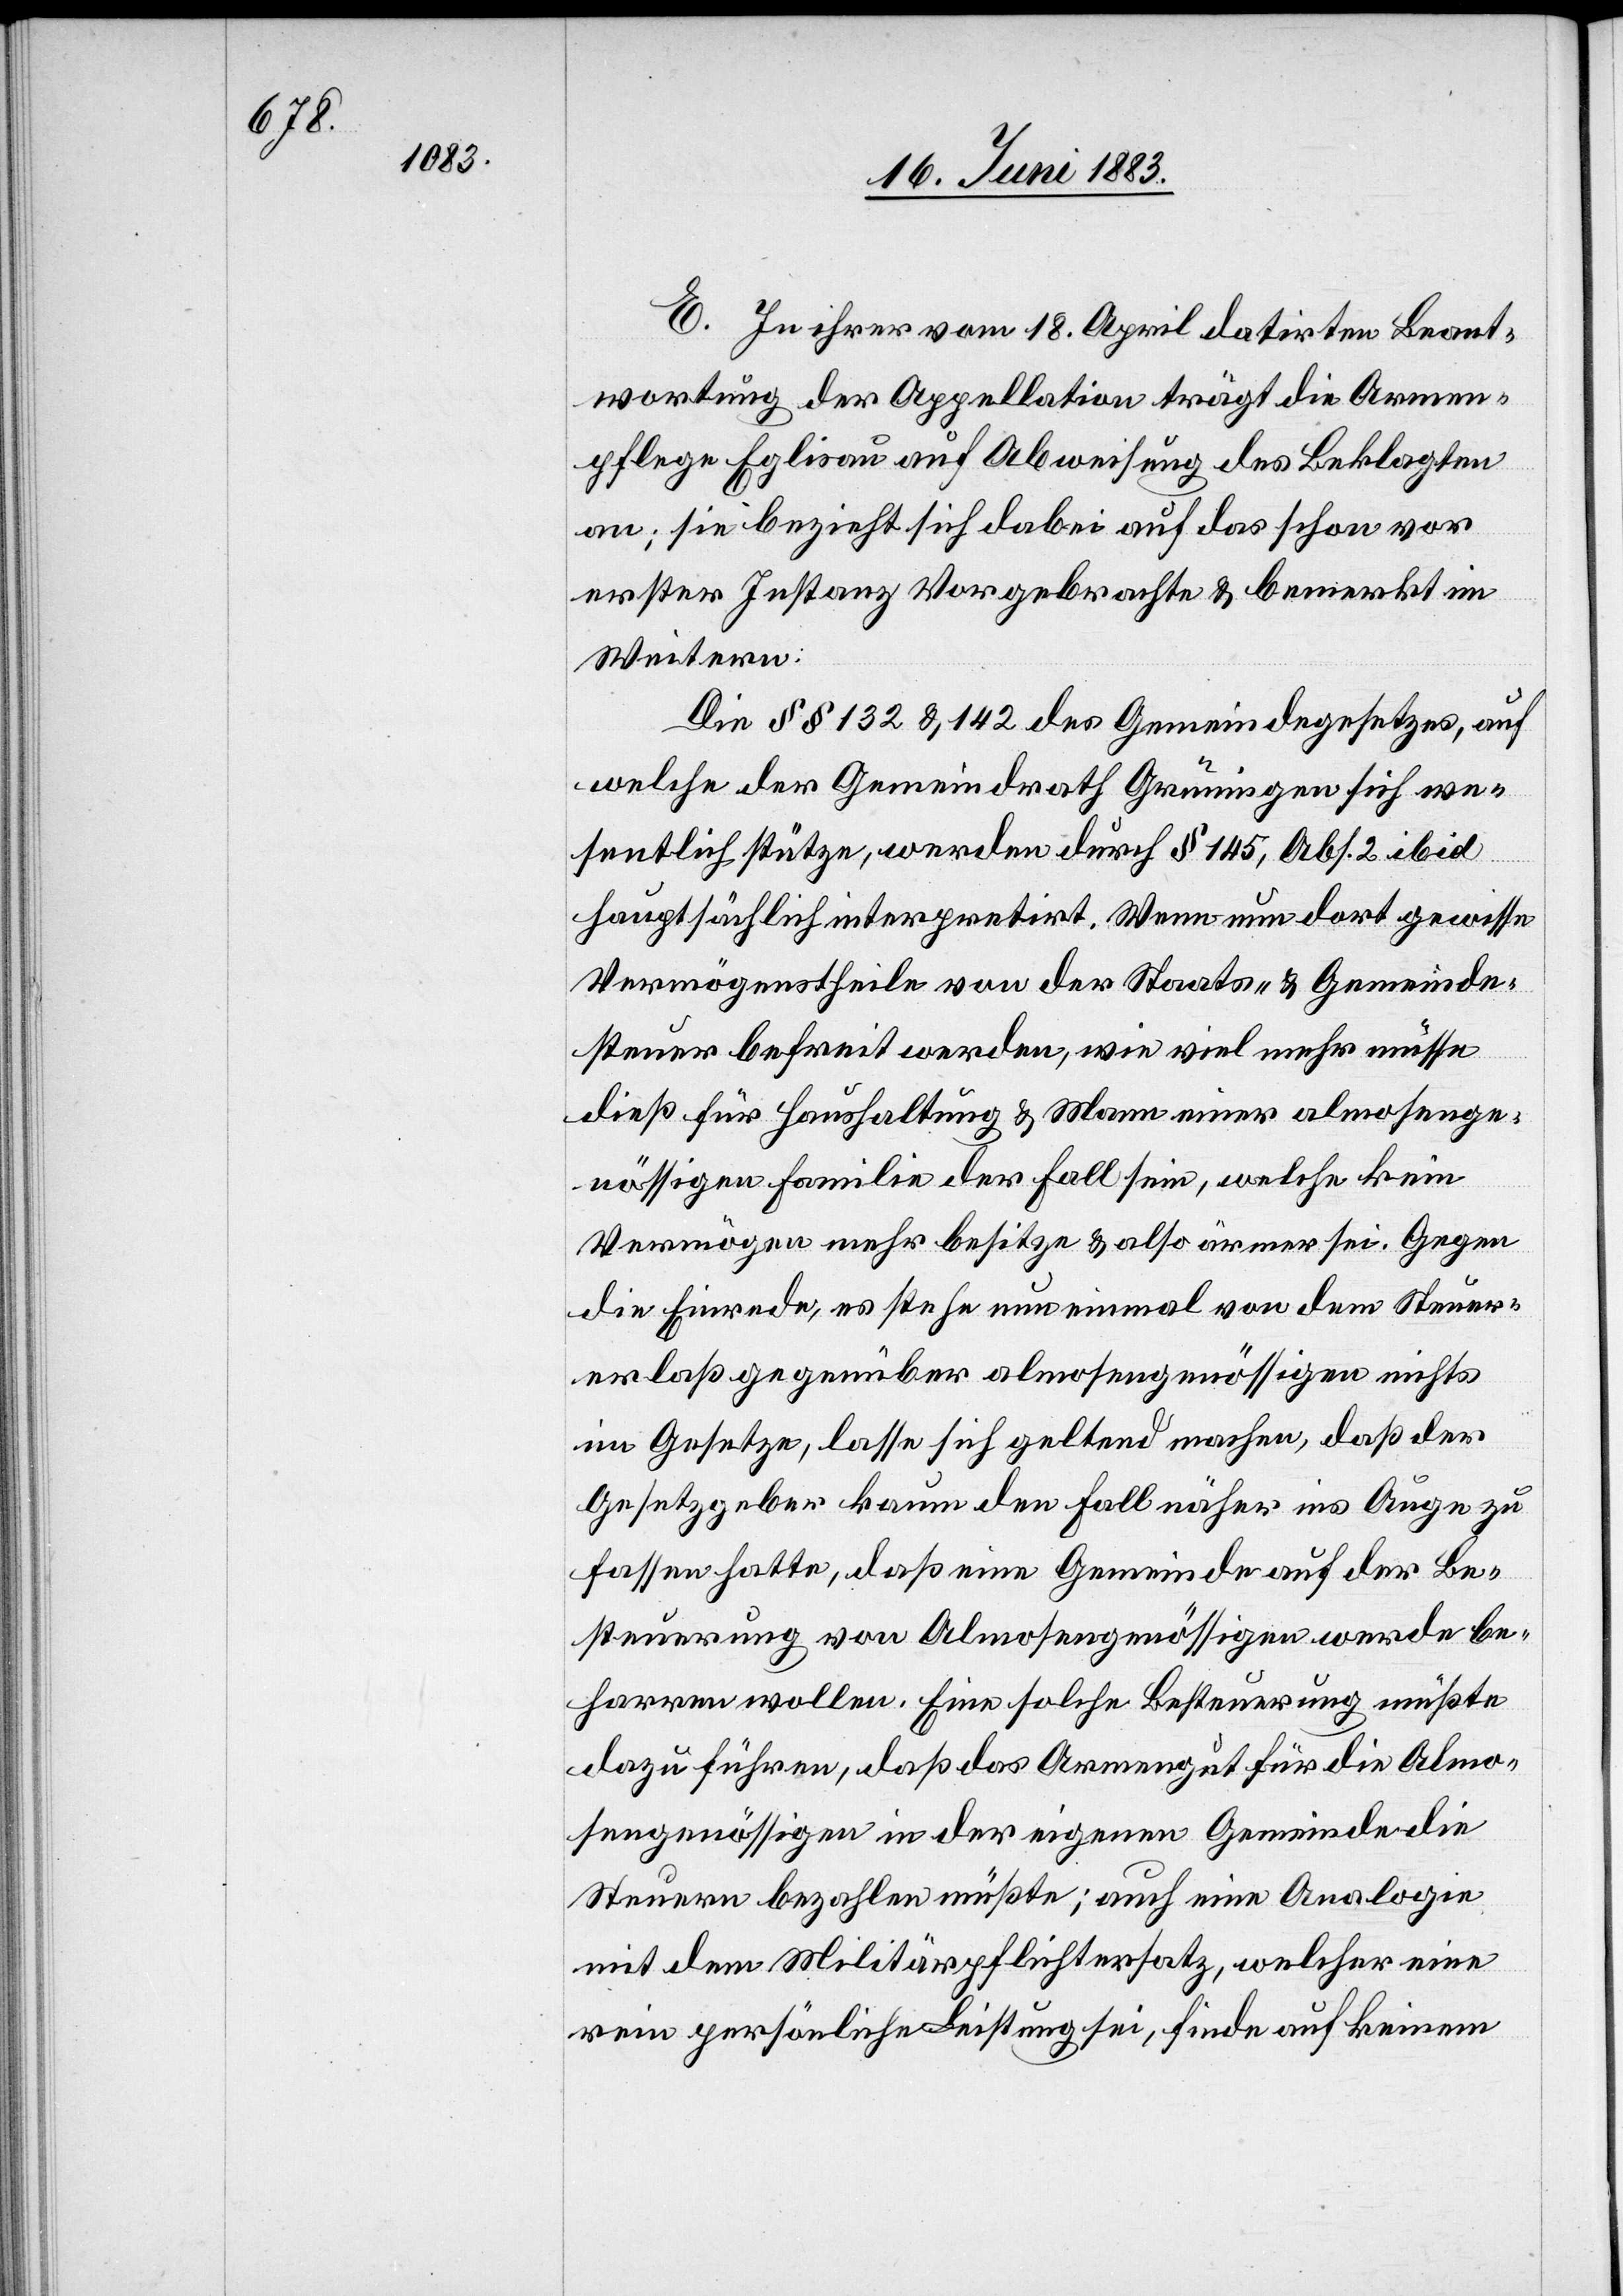
E. In ihrer vom 18. April datirten Beant¬
wortung der Appellation trägt die Armen¬
pflege Eglisau auf Abweisung des Beklagten
an; sie bezieht sich dabei auf das schon vor
erster Instanz Vorgebrachte & bemerkt im
Weitern:
Die §§ 132 & 142 des Gemeindegesetzes, auf
welche der Gemeindrath Grüningen sich we¬
sentlich stütze, werden durch § 145, Abs. 2 ibid
hauptsächlich interpretirt. Wenn nun dort gewisse
Vermögenstheile von der Staats- & Gemeinde¬
steuer befreit werden, wie viel mehr müsse
dies für Haushaltung & Mann einer almosenge¬
nössigen Familie der Fall sein, welche kein
Vermögen mehr besitze & also ärmer sei. Gegen
die Einrede, es stehe nun einmal von dem Steuer¬
erlaß gegenüber almosengenössigen nichts
im Gesetze, lasse sich geltend machen, daß der
Gesetzgeber kaum den Fall näher ins Auge zu
fassen hatte, daß eine Gemeinde auf der Be¬
steuerung von Almosengenössigen werde be¬
harren wollen. Eine solche Besteuerung müßte
dazu führen, daß das Armengut für die Almo¬
sengenössigen in der eigenen Gemeinde die
Steuern bezahlen müßte; auch eine Analogie
mit dem Militärpflichtersatz, welcher eine
rein persönliche Leistung sei, finde auf keinem